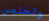
والجلوس